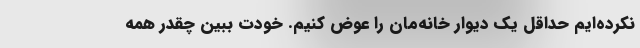
نکرده‌ایم حداقل یک دیوار خانه‌مان را عوض کنیم. خودت ببین چقدر همه